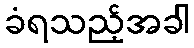
ခံရသည့်အခါ